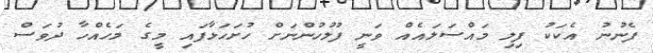
ފެނުނު އެކަކު ފިލި މައްސަލައެއް ވަނީ ފުލުހުންނަށް ހުށަހަޅާފައި މީގެ މަހެއްހާ ދުވަސް